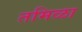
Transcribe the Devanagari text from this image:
तमिळा